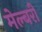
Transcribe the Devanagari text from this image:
मेल्बरी